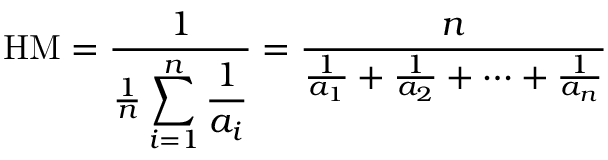
{ \mathrm { H M } } = { \frac { 1 } { { \frac { 1 } { n } } \displaystyle \sum _ { i = 1 } ^ { n } { \frac { 1 } { a _ { i } } } } } = { \frac { n } { { \frac { 1 } { a _ { 1 } } } + { \frac { 1 } { a _ { 2 } } } + \cdots + { \frac { 1 } { a _ { n } } } } }